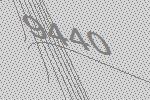
9440